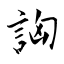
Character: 詾